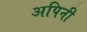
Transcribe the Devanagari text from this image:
अपिनी